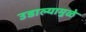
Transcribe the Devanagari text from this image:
उडाल्यामुळे